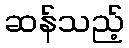
ဆန်သည့်